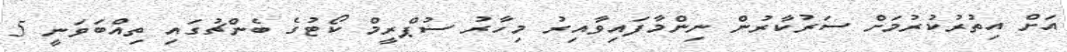
އަށް އިތުރުކުރުމަށް ސަރުކާރުން ނިންމާފައިވާއިރު މިހާރު ސުޕްރީމް ކޯޓުގެ ބެންޗުގައި ތިއްބަވަނީ 5